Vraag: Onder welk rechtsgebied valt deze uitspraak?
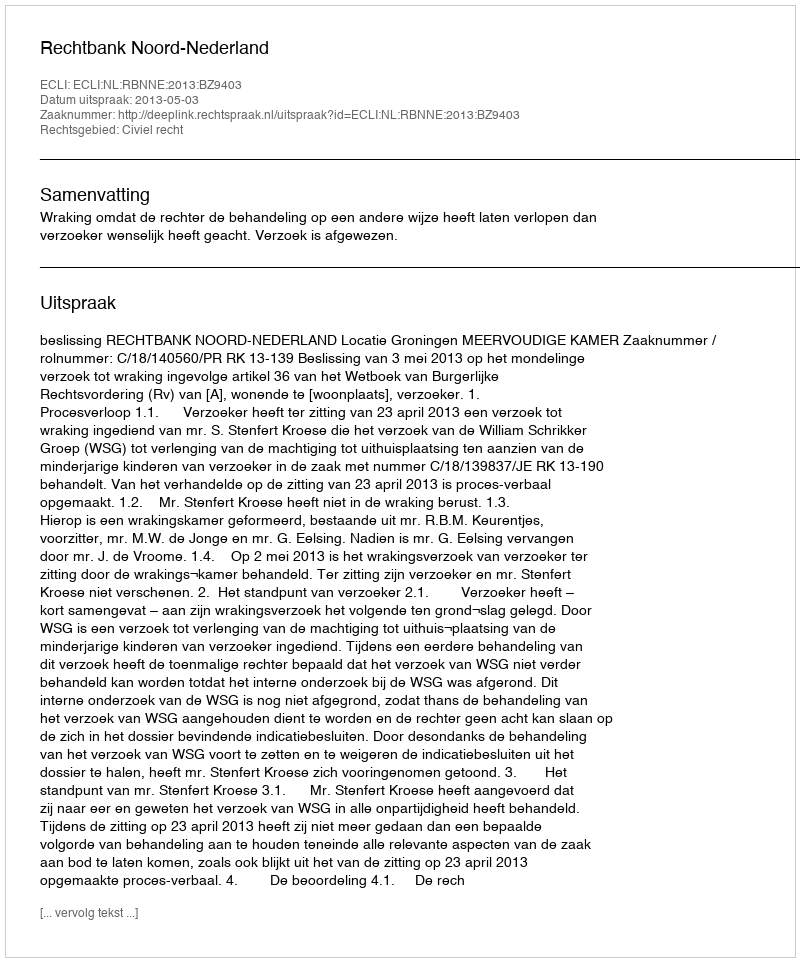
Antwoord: Civiel recht